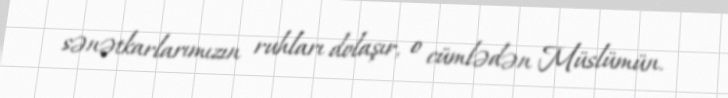
sənətkarlarımızın ruhları dolaşır, o cümlədən Müslümün.